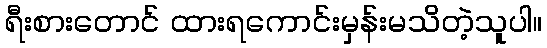
ရီးစားတောင် ထားရကောင်းမှန်းမသိတဲ့သူပါ။